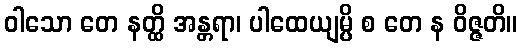
ဝါသော တေ နတ္ထိ အန္တရာ၊ ပါထေယျမ္ပိ စ တေ န ဝိဇ္ဇတိ။